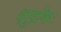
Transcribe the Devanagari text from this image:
क्षुद्रकैः